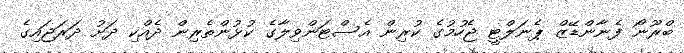
ބްރޫނޯ ފެނާންޑޭޒް ޕެނަލްޓީ ޖެހުމުގެ ކުރިން އެސްޓަންވިލާގެ ކުޅުންތެރިން ދެއްކި ދަށު ދަރަޖައިގެ